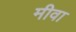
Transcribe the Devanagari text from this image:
मीवा